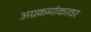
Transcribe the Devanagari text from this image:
अग्रकमांकावर